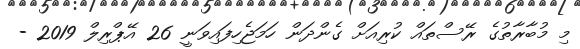
މި މުބާރާތުގެ ރޭސްތައް ކުރިއަށް ގެންދަން ހަމަޖެހިފައިވަނީ 26 އޭޕްރިލް 2019 -